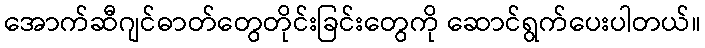
အောက်ဆီဂျင်ဓာတ်တွေတိုင်းခြင်းတွေကို ဆောင်ရွက်ပေးပါတယ်။